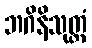
ဘဂိနိသုတ္တံ